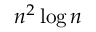
n ^ { 2 } \log n